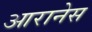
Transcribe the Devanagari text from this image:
आरानेस